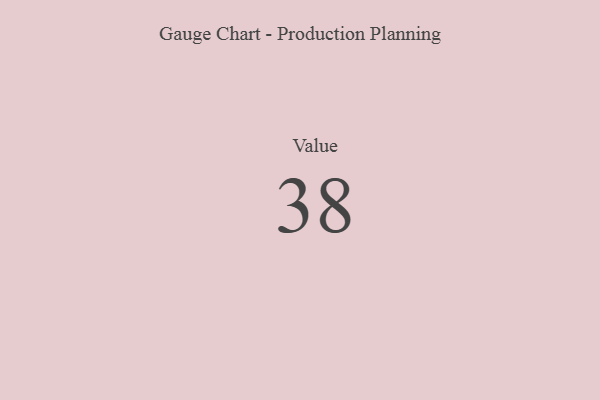
{"axis": {"x": "Metric", "y": "Value"}, "legend": [""], "data": [{"x": "Value", "y": 38, "type": ""}]}